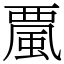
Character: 𩗏